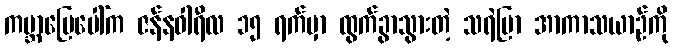
ကမ္ဘာမြေပေါ်က ဇန်နဝါရီလ ၁၅ ရက်မှာ ထွက်ခွာသွားတဲ့ သရဲပြာ အာကာသယာဉ်ကို